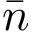
\bar { n }